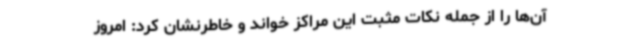
آن‌ها را از جمله نکات مثبت این مراکز خواند و خاطرنشان کرد: امروز